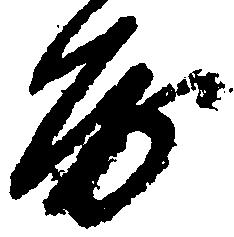
房